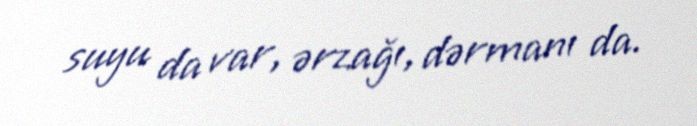
suyu da var, ərzağı, dərmanı da.